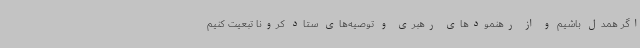
اگر همدل باشیم و از رهنمودهای رهبری و توصیه‌های ستاد کرونا تبعیت کنیم